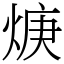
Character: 焿